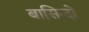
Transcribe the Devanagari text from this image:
बासिन्दों